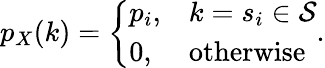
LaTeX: p_{X}(k)={\left\{ \begin{array}{ll}{p_{i},}&{k=s_{i}\in{\mathcal{S}}}\\ {0,}&{{\mathrm{otherwise}}}\end{array}\right.}.